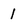
Character: l